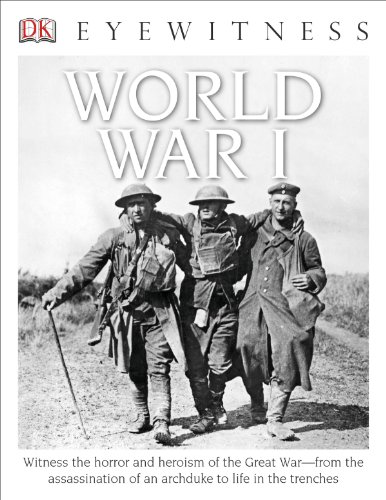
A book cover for DK Eyewitness Books: World War I; Simon Adams; Children's Books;